Annual report on the working of the lock hospitals in the Central Provinces
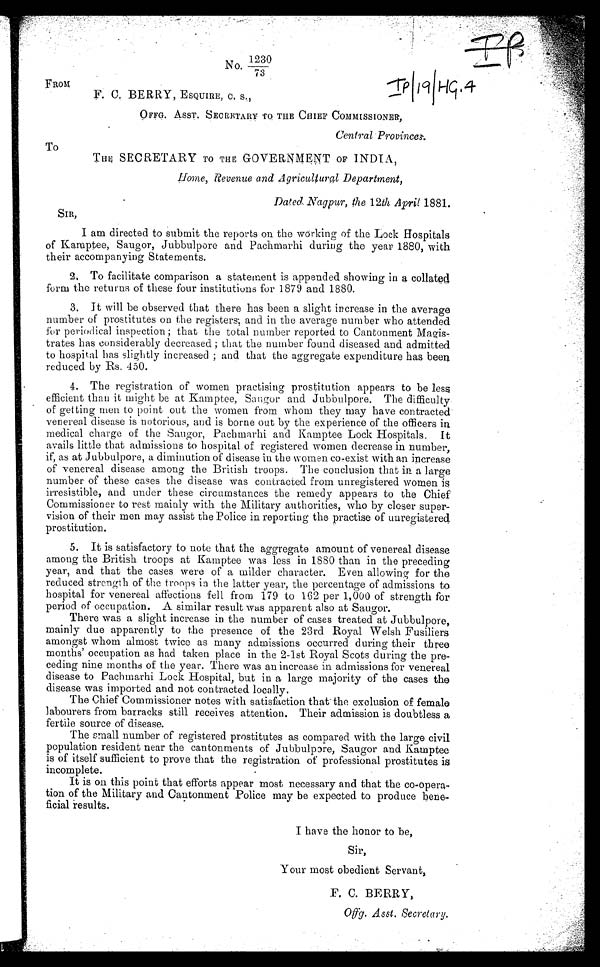
No.
1230/73
FROM
I P | 1 9 | H C . 4
F. C. BERRY, ESQUIRE, C. S.,
OFFG. ASST. SECRETARY TO THE CHIEF COMMISSIONER,
Central Provinces.
To
The SECRETARY TO THE GOVERNMENT OF INDIA,
home, Revenue and Agricultural Department,
Dated. Nagpur, the 12th April 1881.
SIR,
I am directed to submit the reports on the working of the Lock Hospitals
of Kamptee, Saugor, Jubbulpore and Pachmarhi during the year 1880, with
their accompanying Statements.
2. To facilitate comparison a statement is appended showing in a collated
form the returns of these four institutions for 1879 and 1880.
3. It will be observed that there has been a slight increase in the average
number of prostitutes on the registers; and in the average number who attended
for periodical inspection ; that the total number reported to Cantonment Magis-
trates has considerably decreased ; that the number found diseased and admitted
to hospital has slightly increased ; and that the aggregate expenditure has been
reduced by Rs. 450.
4. The registration of women practising prostitution appears to be less
efficient than it might be at Kamptee, Sangor and Jubbulpore. The difficulty
of getting men to point out the women from whom they may have contracted
venereal disease is notorious, and is borne out by the experience of the officers in
medical charge of the Saugor, Pachmarhi and Kamptee Lock Hospitals. It
avails little that admissions to hospital of registered women decrease in number,
if, as at Jubbulpore, a diminution of disease in the women co-exist with an increase
of venereal disease among the British troops. The conclusion that in a large
number of these cases the disease was contracted from unregistered women is
irresistible, and under these circumstances the remedy appears to the Chief
Commissioner to rest mainly with the Military authorities, who by closer super-
vision of their men may assist the Police in reporting the practise of unregistered
prostitution.
5. It is satisfactory to note that the aggregate amount of venereal disease
among the British troops at Kamptee was less in 1880 than in the preceding
year, and that the cases were of a milder character. Even allowing for the
reduced strength of the troops in the latter year, the percentage of admissions to
hospital for venereal affections fell from 179 to 162 per 1,000 of strength for
period of occupation. A similar result was apparent also atSaugor.
There was a slight increase in the number of cases treated at Jubbulpore,
mainly due apparently to the presence of the 23rd Royal Welsh Fusiliers
amongst whom almost twice as many admissions occurred during their three
months' occupation as had taken place in the 2-1st Royal Scots during the pre-
ceding nine months of the year. There was an increase in admissions for venereal
disease to Pachmarhi Lock Hospital, but in a large majority of the cases the
disease was imported and not contracted locally.
The Chief Commissioner notes with satisfaction that the exclusion of female
labourers from barracks still receives attention. Their admission is doubtless a
fertile source of disease.
The small number of registered prostitutes as compared with the large civil
population resident near the cantonments of Jubbulpore, Saugor and Kamptee
is of itself sufficient to prove that the registration of professional prostitutes is
incomplete.
It is on this point that efforts appear most necessary and that the co-opera-
tion of the Military and Cantonment Police may be expected to produce bene-
ficial results.
I have the honor to be,
Sir,
Your most obedient Servant,
F. C. BERRY,
Offg. Asst, Secretary.